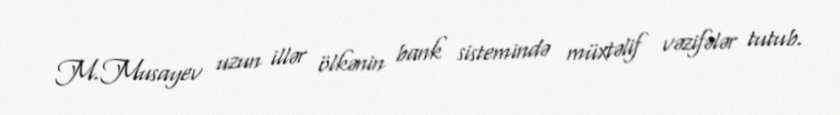
M.Musayev uzun illər ölkənin bank sistemində müxtəlif vəzifələr tutub.